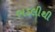
ભડલીથી